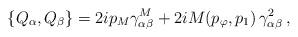
LaTeX: \begin{align*}\{Q_\alpha,Q_\beta\}=2ip_M\gamma^M_{\alpha\beta}+2iM(p_\varphi,p_1)\,\gamma^2_{\alpha\beta}\,,\end{align*}